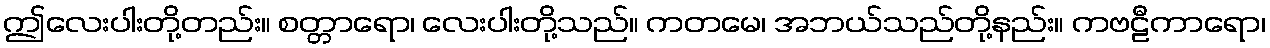
ဤလေးပါးတို့တည်း။ စတ္တာရော၊ လေးပါးတို့သည်။ ကတမေ၊ အဘယ်သည်တို့နည်း။ ကဗဠီကာရော၊